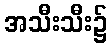
အသီးသီး၌